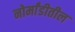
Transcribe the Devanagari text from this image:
नोर्मांडीतील